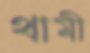
থামী